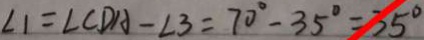
\angle 1 = \angle C D A - \angle 3 = 7 0 ^ { \circ } - 3 5 ^ { \circ } = 3 5 ^ { \circ }